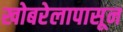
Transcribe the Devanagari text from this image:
खोबरेलापासून